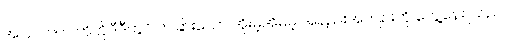
အပြင်ဘက် ဟိုဟိုဒီဒီတွင် တခြားသော အိုးမဲ့အိမ်မဲ့ အနည်းအကျဉ်းကို တွေ့နေရသည်။